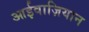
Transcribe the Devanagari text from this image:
आईवाज़ियान